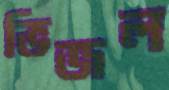
ভিজল